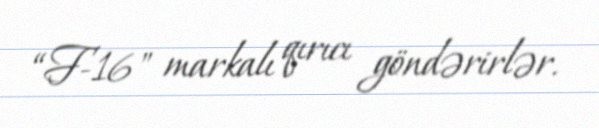
“F-16" markalı qırıcı göndərirlər.